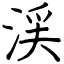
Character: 渓